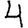
Digit: 4